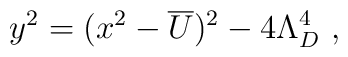
y^2= (x^2-\overline{U})^2-4 \Lambda_D^4\ ,